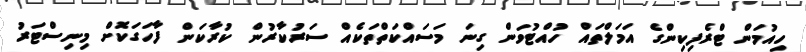
ހިއުމަން ޓްރެފިކިންގެ އަމަލްތައް ހުއްޓުވަން ގިނަ މަސައްކަތްތަކެއް ސަރުކާރުން ކުރާކަން ފާހަގަކޮށް މިނިސްޓަރު